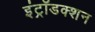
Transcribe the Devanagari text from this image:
इंट्रॉडक्शन